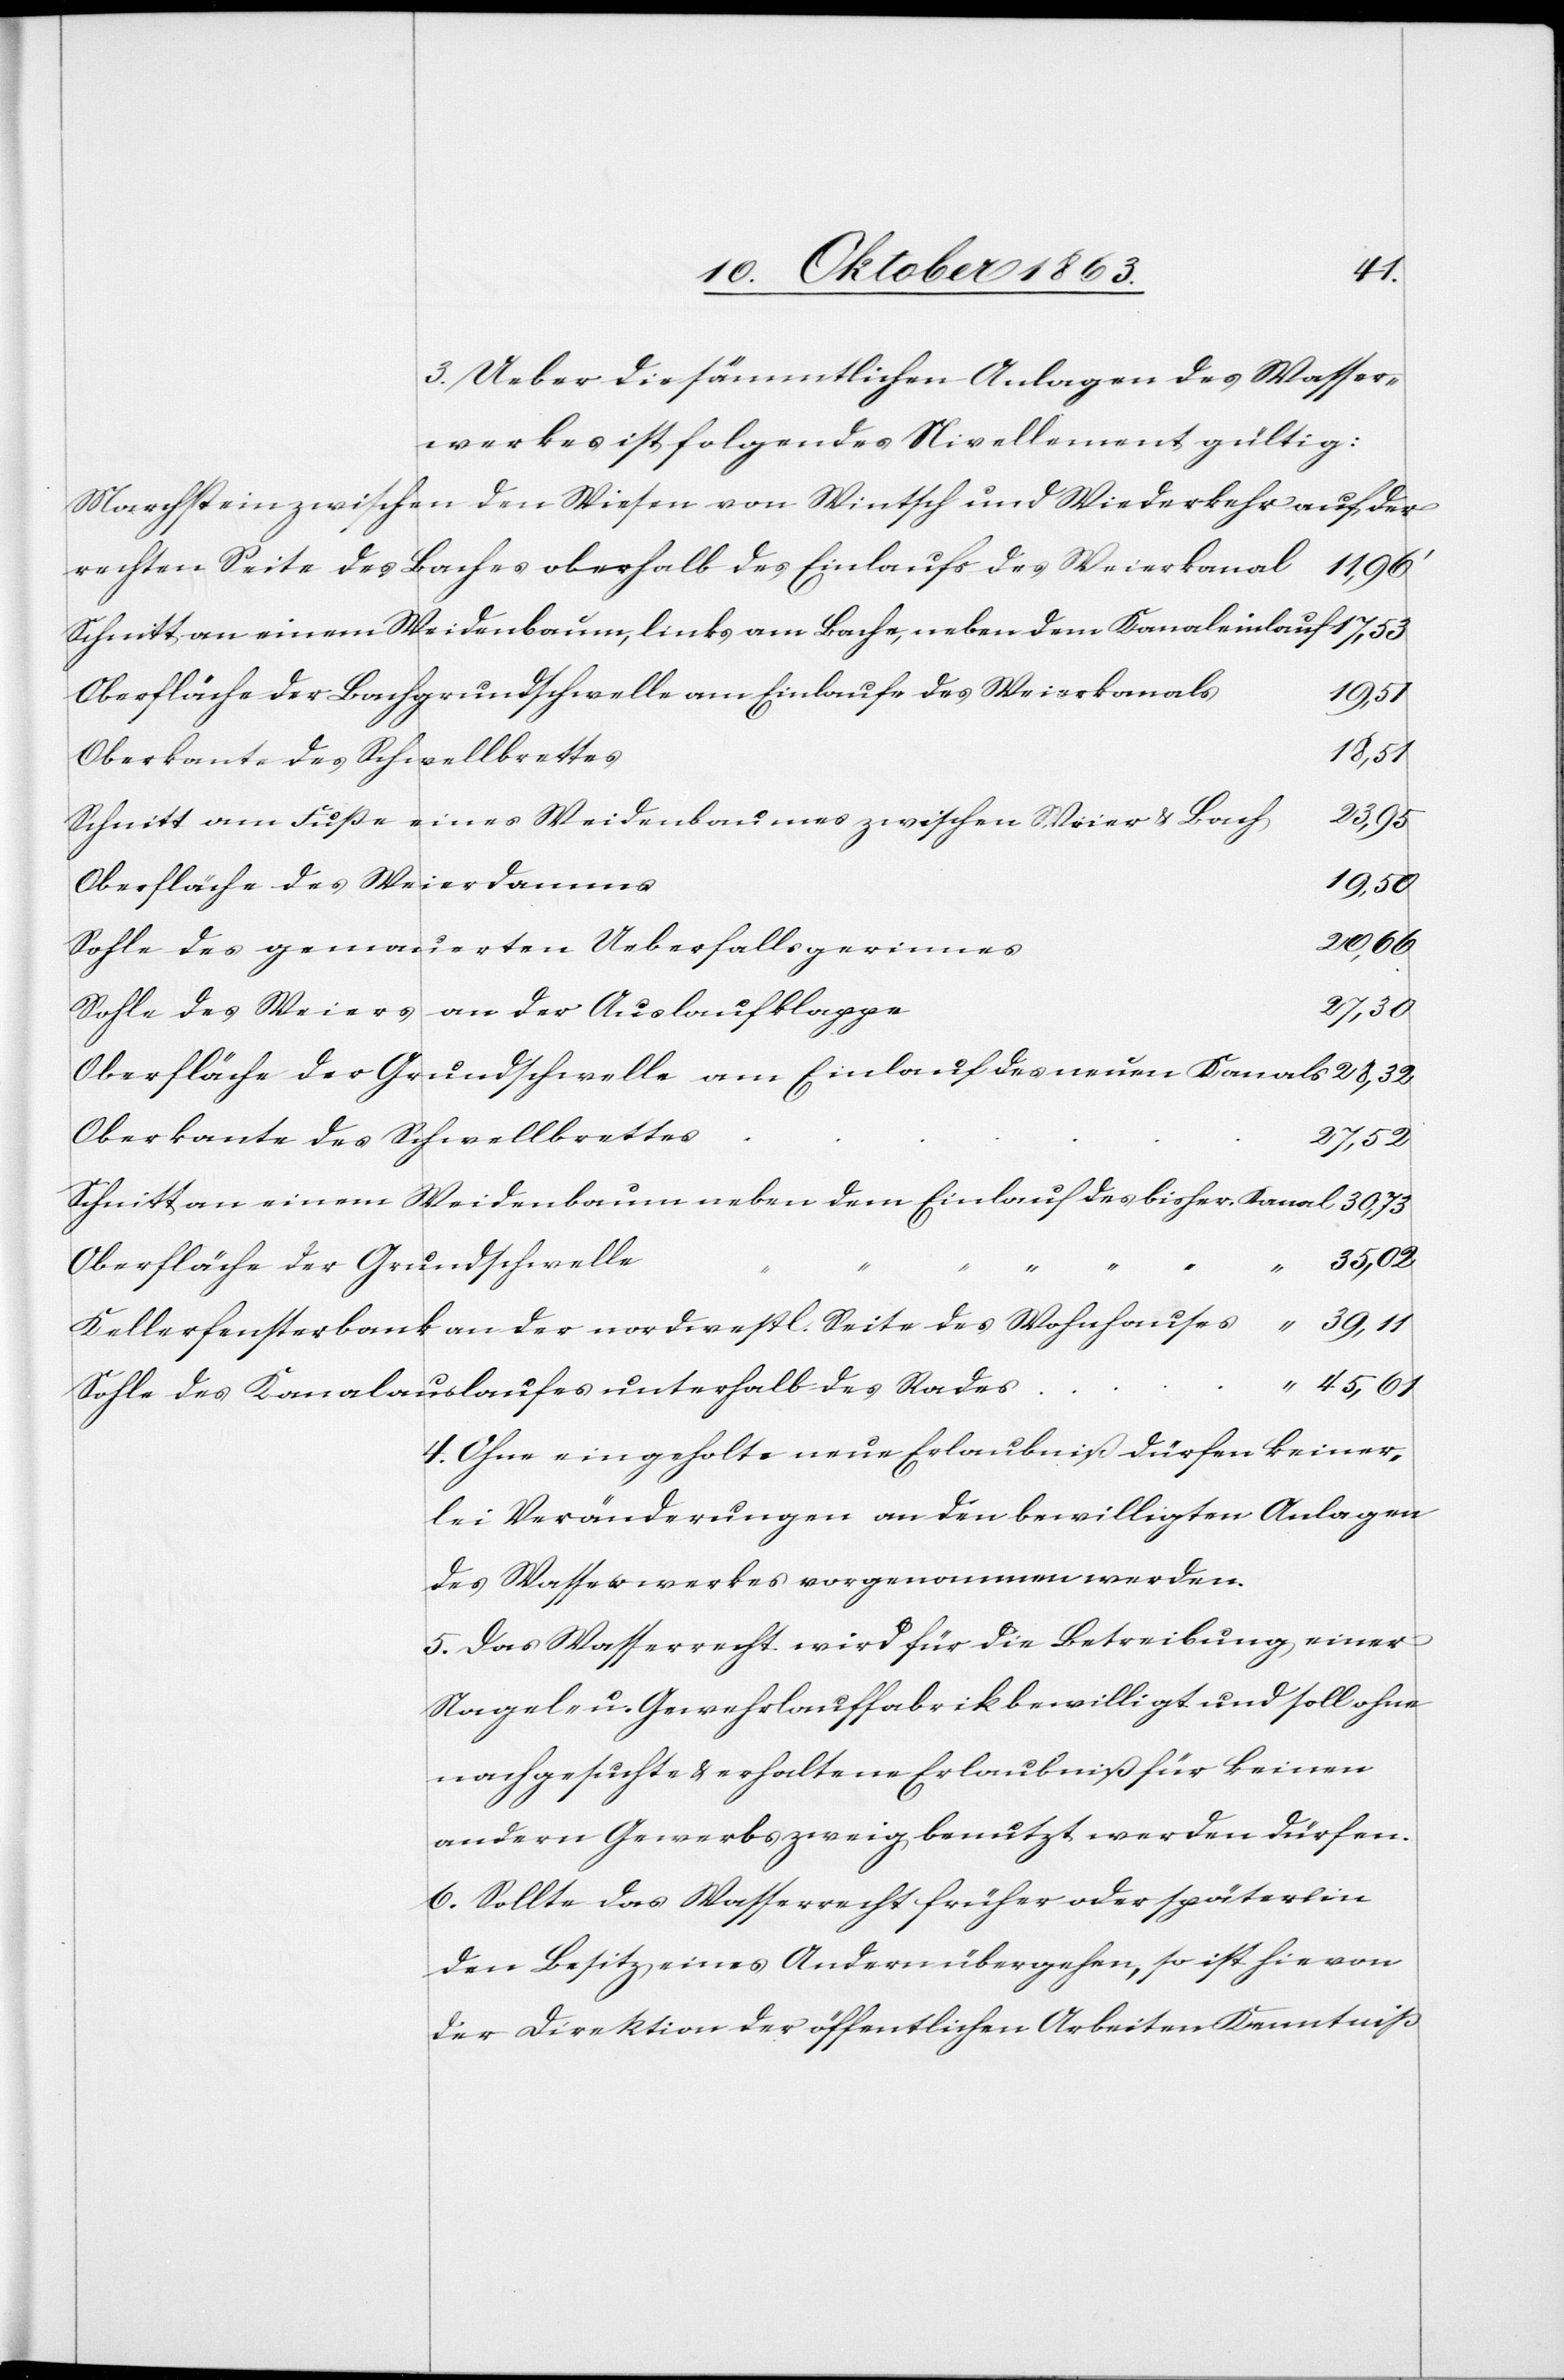
3. Ueber die sämmtlichen Anlagen des Wasser¬
werkes ist folgendes Nivellement gültig:
Marchstein zwischen den Wiesen von Wintsch und Wiederkehr auf der
rechten Seite des Baches oberhalb des Einlaufs des Weierkanal
11,96'
Schnitt an einem Weidenbaum, links am Bache, neben dem Kanaleinlauf
Oberfläche der Bachgrundschwelle am Einlaufe des Weierkanals
19,51
Oberkante des Schwellbrettes
45,61
Schnitt am Fuße eines Weidenbaumes zwischen Weier & Bach
Oberfläche des Weierdamms
19,50
Sohle des gemauerten Ueberfallsgerinnes
Sohle des Weiers an der Auslaufklappe
28,32
Oberfläche der Grundschwelle am Einlauf des neuen Kanals
27,52
Schnitt an einem Weidenbaum neben dem Einlauf des bisher. Kanal
39,11
Oberfläche der Grundschwelle
Kellerfensterbank an der nordwestl. Seite des Wohnhauses “
Sohle des Kanalauslaufes unterhalb des Rades
4. Ohne eingeholte neue Erlaubniß dürfen keiner¬
lei Veränderungen an den bewilligten Anlagen
des Wasserwerkes vorgenommen werden.
5. Das Wasserrecht wird für die Betreibung einer
Nagel- u. Gewehrlauffabrik bewilligt und soll ohne
nachgesuchte & erhaltene Erlaubniß für keinen
andern Gewerbszweig benutzt werden dürfen.
6. Sollte das Wasserrecht früher oder später in
den Besitz eines Andern übergehen, so ist hievon
der Direktion der öffentlichen Arbeiten Kenntniß